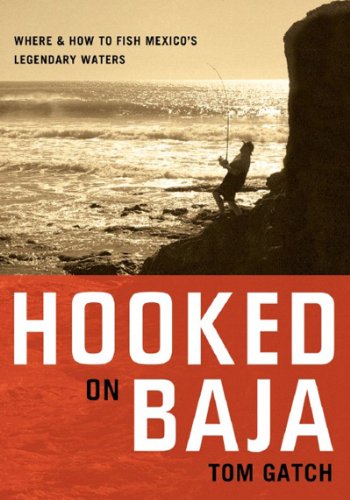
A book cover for Hooked on Baja: Where and How to Fish Mexico's Legendary Waters; Tom Gatch; Travel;